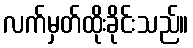
လက်မှတ်ထိုးခိုင်းသည်။